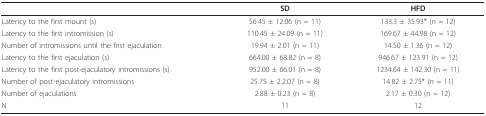
|  | SD | HFD |
 | --- | --- | --- |
 | Latency to the first mount (s) | 56.45 ± 12.06 (n = 11) | 133.3 ± 35.93* (n = 12) |
 | Latency to the first intromission (s) | 110.45 ± 24.09 (n = 11) | 169.67 ± 44.98 (n = 12) |
 | Number of intromissions until the first ejaculation | 19.94 ± 2.01 (n = 11) | 14.50 ± 1.36 (n = 12) |
 | Latency to the first ejaculation (s) | 664.00 ± 68.82 (n = 8) | 946.67 ± 123.91 (n = 12) |
 | Latency to the first post-ejaculatory intromissions (s) | 952.00 ± 66.01 (n = 8) | 1234.64 ± 142.30 (n = 11) |
 | Number of post-ejaculatory intromissions | 25.75 ± 2.2.07 (n = 8) | 14.82 ± 2.75* (n = 11) |
 | Number of ejaculations | 2.88 ± 0.23 (n = 8) | 2.17 ± 0.30 (n = 12) |
 | N | 11 | 12 |